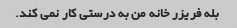
بله فریزر خانه من به درستی کار نمی کند.